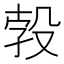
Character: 𱥗